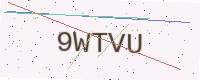
Text: 9WTVU